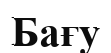
Бағу